Senior Leaving Certificate Examination (including Day School Certificate (Higher) General paper), 1949
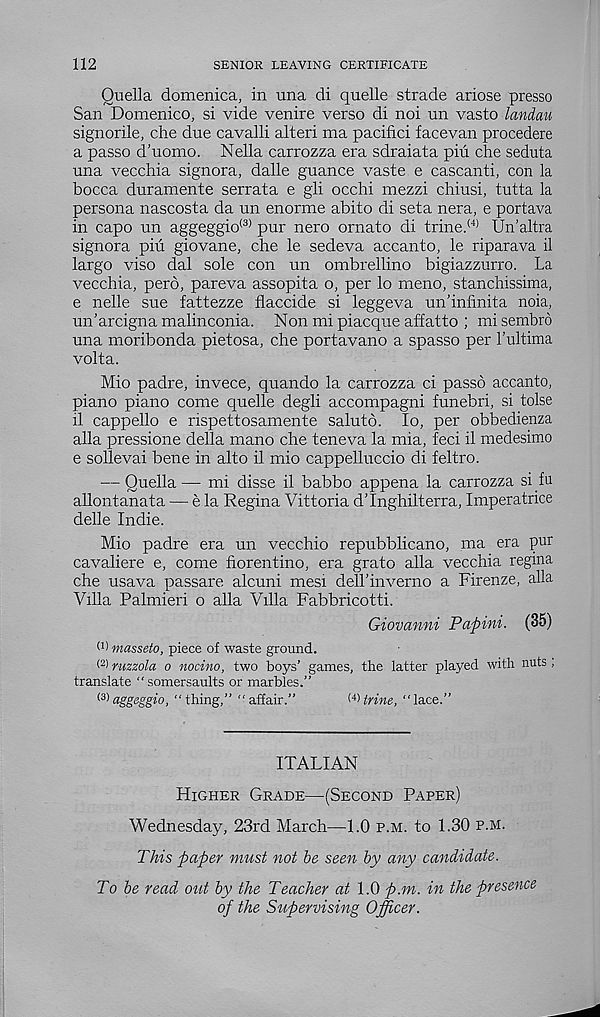
112
SENIOR LEAVING CERTIFICATE
Ouella domenica, in una di quelle strade ariose presso
San Domenico, si vide venire verso di noi un vasto landau
signorile, che due cavalli alteri ma pacifici facevan procedere
a passo d’uomo. Nella carrozza era sdraiata piu che seduta
una vecchia signora, dalle guance vaste e cascanti, con la
bocca duramente serrata e gli occhi mezzi chiusi, tutta la
persona nascosta da un enorme abito di seta nera, e portava
in capo un aggeggio (3> pur nero ornato di trine. (4) Un’altra
signora piu giovane, che le sedeva accanto, le riparava il
largo viso dal sole con un ombrellino bigiazzurro. La
vecchia, perd, pareva assopita o, per lo meno, stanchissima,
e nelle sue fattezze flaccide si leggeva un’inrmita noia,
un’arcigna malinconia. Non mi piacque affatto ; misembro
una moribonda pietosa, che portavano a spasso per Lultima
volta.
Mio padre, invece, quando la carrozza ci passo accanto,
piano piano come quelle degli accompagni funebri, si tolse
il cappello e rispettosamente saluto. lo, per obbedienza
alia pressione della mano che teneva la mia, feci il medesimo
e sollevai bene in alto il mio cappelluccio di feltro.
— Quella— mi disse il babbo appena la carrozza si fu
allontanata — e la Regina Vittoria d’Inghilterra, Imperatrice
delle Indie.
Mio padre era un vecchio repubblicano, ma era pur
cavaliere e, come fiorentino, era grato alia vecchia regina
che usava passare alcuni mesi dell’inverno a Firenze, alia
Villa Palmieri o alia Villa Fabbricotti.
Giovanni Papini. (35)
(1 > masseto, piece of waste ground.
< 2 ) ruzzola o nocino, two boys’ games, the latter played with nuts,
translate “ somersaults or marbles.”
^aggeggio, “thing,” "affair.”
( 4 )trine, “lace.”
ITALIAN
Higher Grade—(Second Paper)
Wednesday, 23rd March—1.0 p.m. to 1.30 p.m.
This paper must not he seen by any candidate.
To he read out by the Teacher at 1.0 p.m. in the presence
of the Supervising Officer.